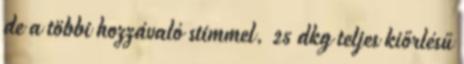
de a többi hozzávaló stimmel. 25 dkg teljes kiőrlésű